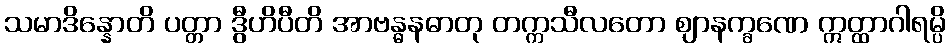
သမာဒိန္နောတိ ပတ္တာ ဒွီဟိပီတိ အာဗန္ဓနဓာတု တက္ကသီလတော ဈာနက္ခဏေ ဣတ္ထာဂါရမ္ပိ